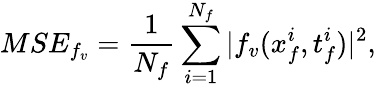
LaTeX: MSE_{f_{v}}=\frac{1}{N_{f}}\sum_{i=1}^{N_{f}}|f_{v}(x_{f}^{i},t_{f}^{i})|^{2},